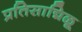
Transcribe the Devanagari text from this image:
प्रतिसाद्मिळू